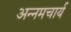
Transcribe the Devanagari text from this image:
अन्नमचार्य